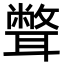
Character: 𦗥